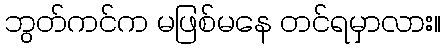
ဘွတ်ကင်က မဖြစ်မနေ တင်ရမှာလား။